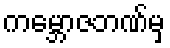
ကမ္ဘောဇဘဏ်မှ